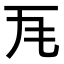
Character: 𭺜